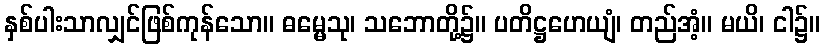
နှစ်ပါးသာလျှင်ဖြစ်ကုန်သော။ ဓမ္မေသု၊ သဘောတို့၌။ ပတိဋ္ဌဟေယျံ၊ တည်အံ့။ မယိ၊ ငါ၌။